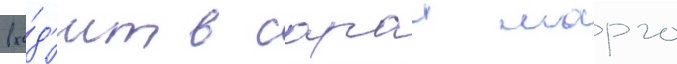
вхо́д'ит в сараи марго